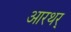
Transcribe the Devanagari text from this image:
आरथर्